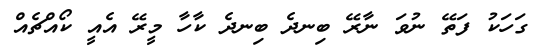
ގަހަކު ފަތޭ ނުވަ ނާރޭ ބިނދެ ބިނދެ ކާހާ މީރޭ އެއީ ކޯއްޗެއް